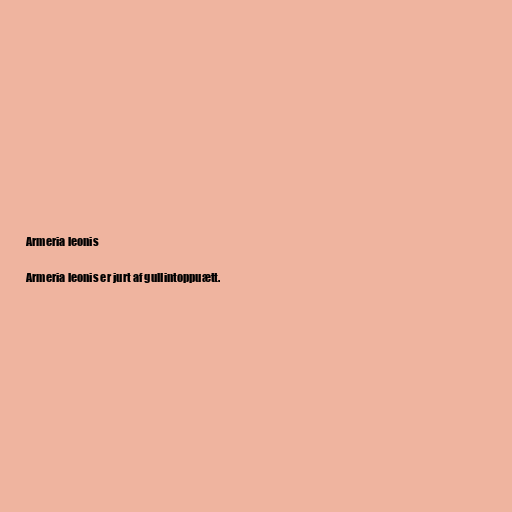
Armeria leonis

Armeria leonis er jurt af gullintoppuætt.